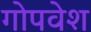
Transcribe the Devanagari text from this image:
गोपवेश